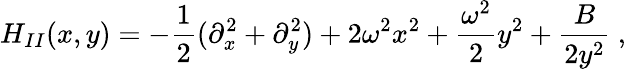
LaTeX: H_{II}(x,y)=-\frac{1}{2}(\partial_{x}^{2}+\partial_{y}^{2})+2\omega^{2}x^{2}+\frac{\omega^{2}}{2}y^{2}+\frac{B}{2y^{2}}\ ,